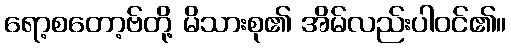
ရော့စတော့ဗ်တို့ မိသားစု၏ အိမ်လည်းပါဝင်၏။